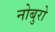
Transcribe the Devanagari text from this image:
नोबुरो